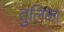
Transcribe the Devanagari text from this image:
तुलिका